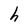
Character: h